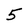
Character: 5